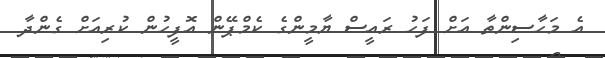
އެ މަހާސިންތާ އަށް ފަހު ރައީސް ޔާމީންގެ ކެމްޕޭން އޮފީހުން ކުރިއަށް ގެންދާ